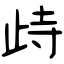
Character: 歭